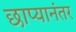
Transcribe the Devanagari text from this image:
छाप्यानंतर